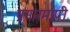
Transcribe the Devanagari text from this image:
प्रसारमापी